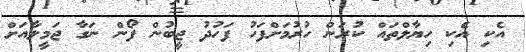
އެކި އެކި ހިޔާލްތައް ކުރަން ހުރުމަށްފަހު ފަހުދު ޖީބުން ފޯން ނަގާ ޖަމީލާއަށް